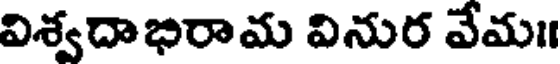
విశ్వదాభిరామ వినుర వేమ॥